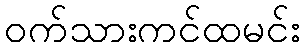
ဝက်သားကင်ထမင်း